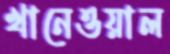
খানেওয়াল